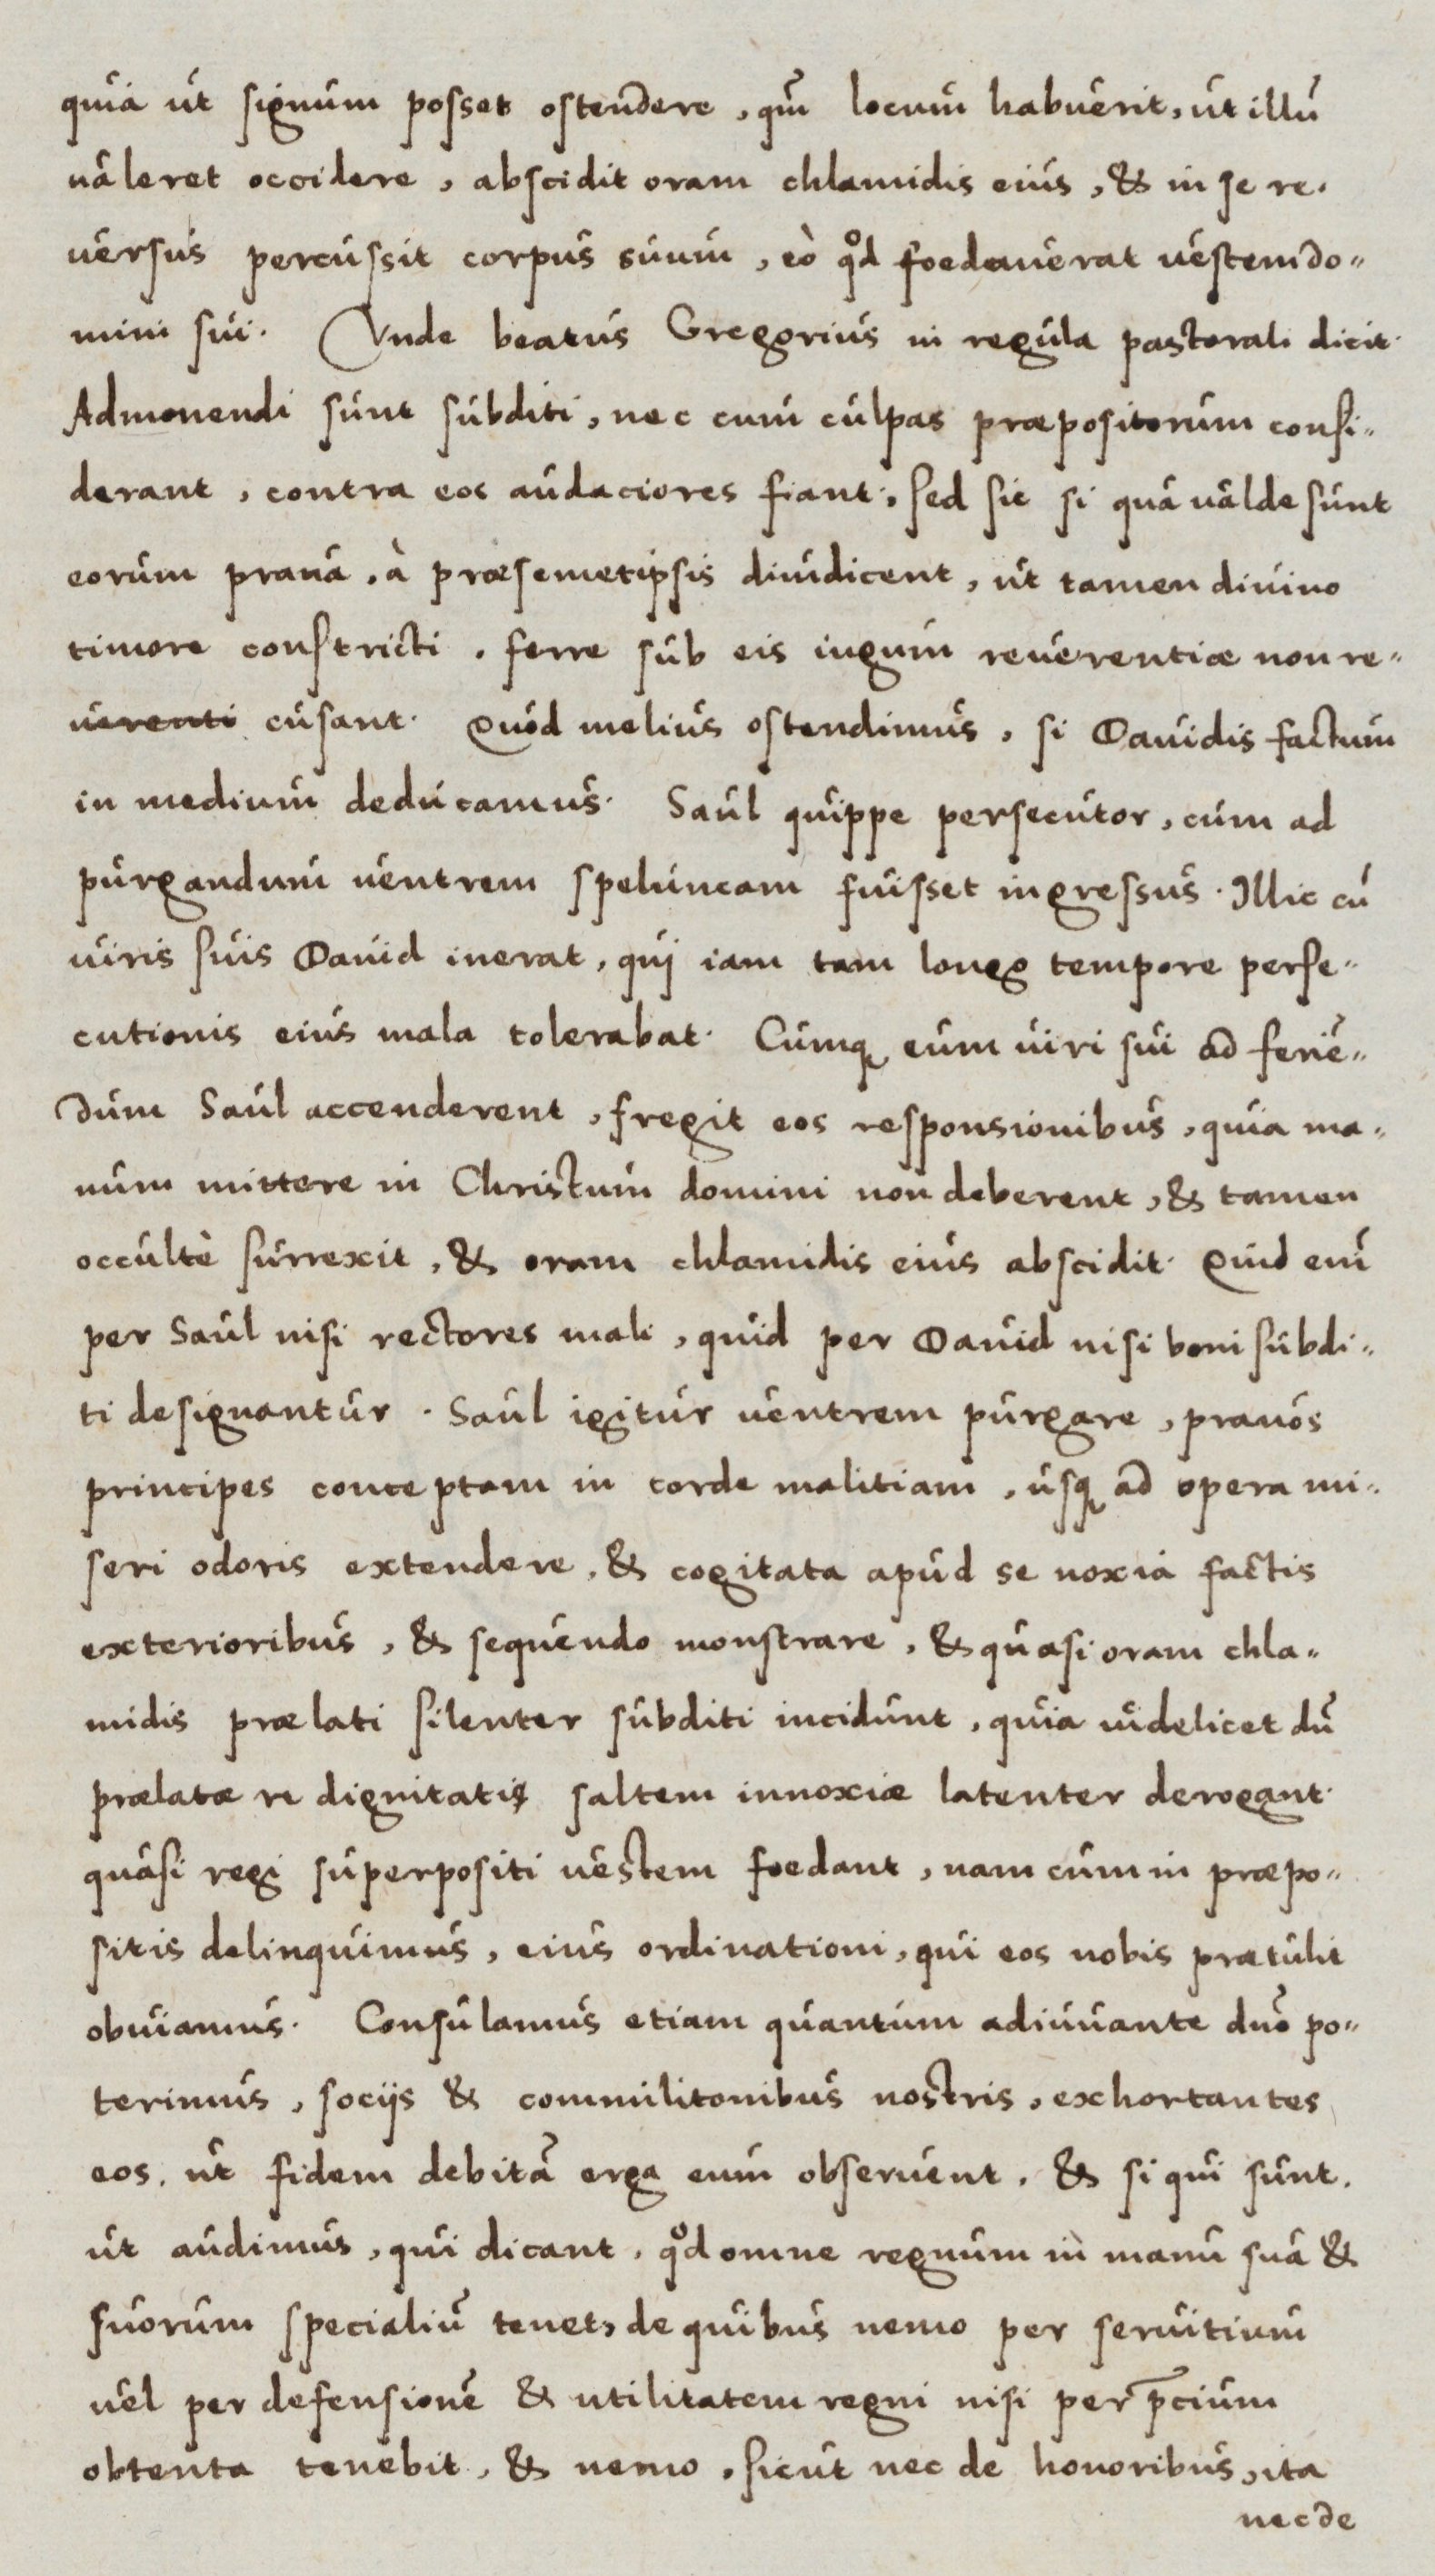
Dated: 1550–1599